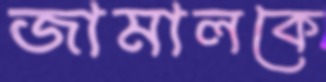
জামালকে